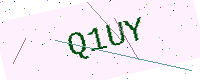
Text: Q1UY